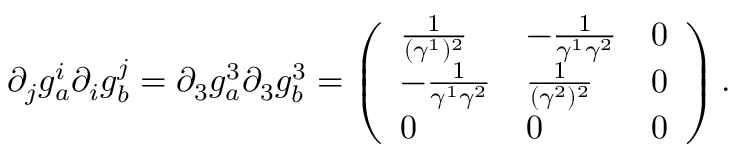
\partial _ { j } g _ { a } ^ { i } \partial _ { i } g _ { b } ^ { j } = \partial _ { 3 } g _ { a } ^ { 3 } \partial _ { 3 } g _ { b } ^ { 3 } = \left( \begin{array} { l l l } { \frac { 1 } { ( \gamma ^ { 1 } ) ^ { 2 } } } & { - \frac { 1 } { \gamma ^ { 1 } \gamma ^ { 2 } } } & { 0 } \\ { - \frac { 1 } { \gamma ^ { 1 } \gamma ^ { 2 } } } & { \frac { 1 } { ( \gamma ^ { 2 } ) ^ { 2 } } } & { 0 } \\ { 0 } & { 0 } & { 0 } \end{array} \right) .